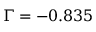
\Gamma = - 0 . 8 3 5